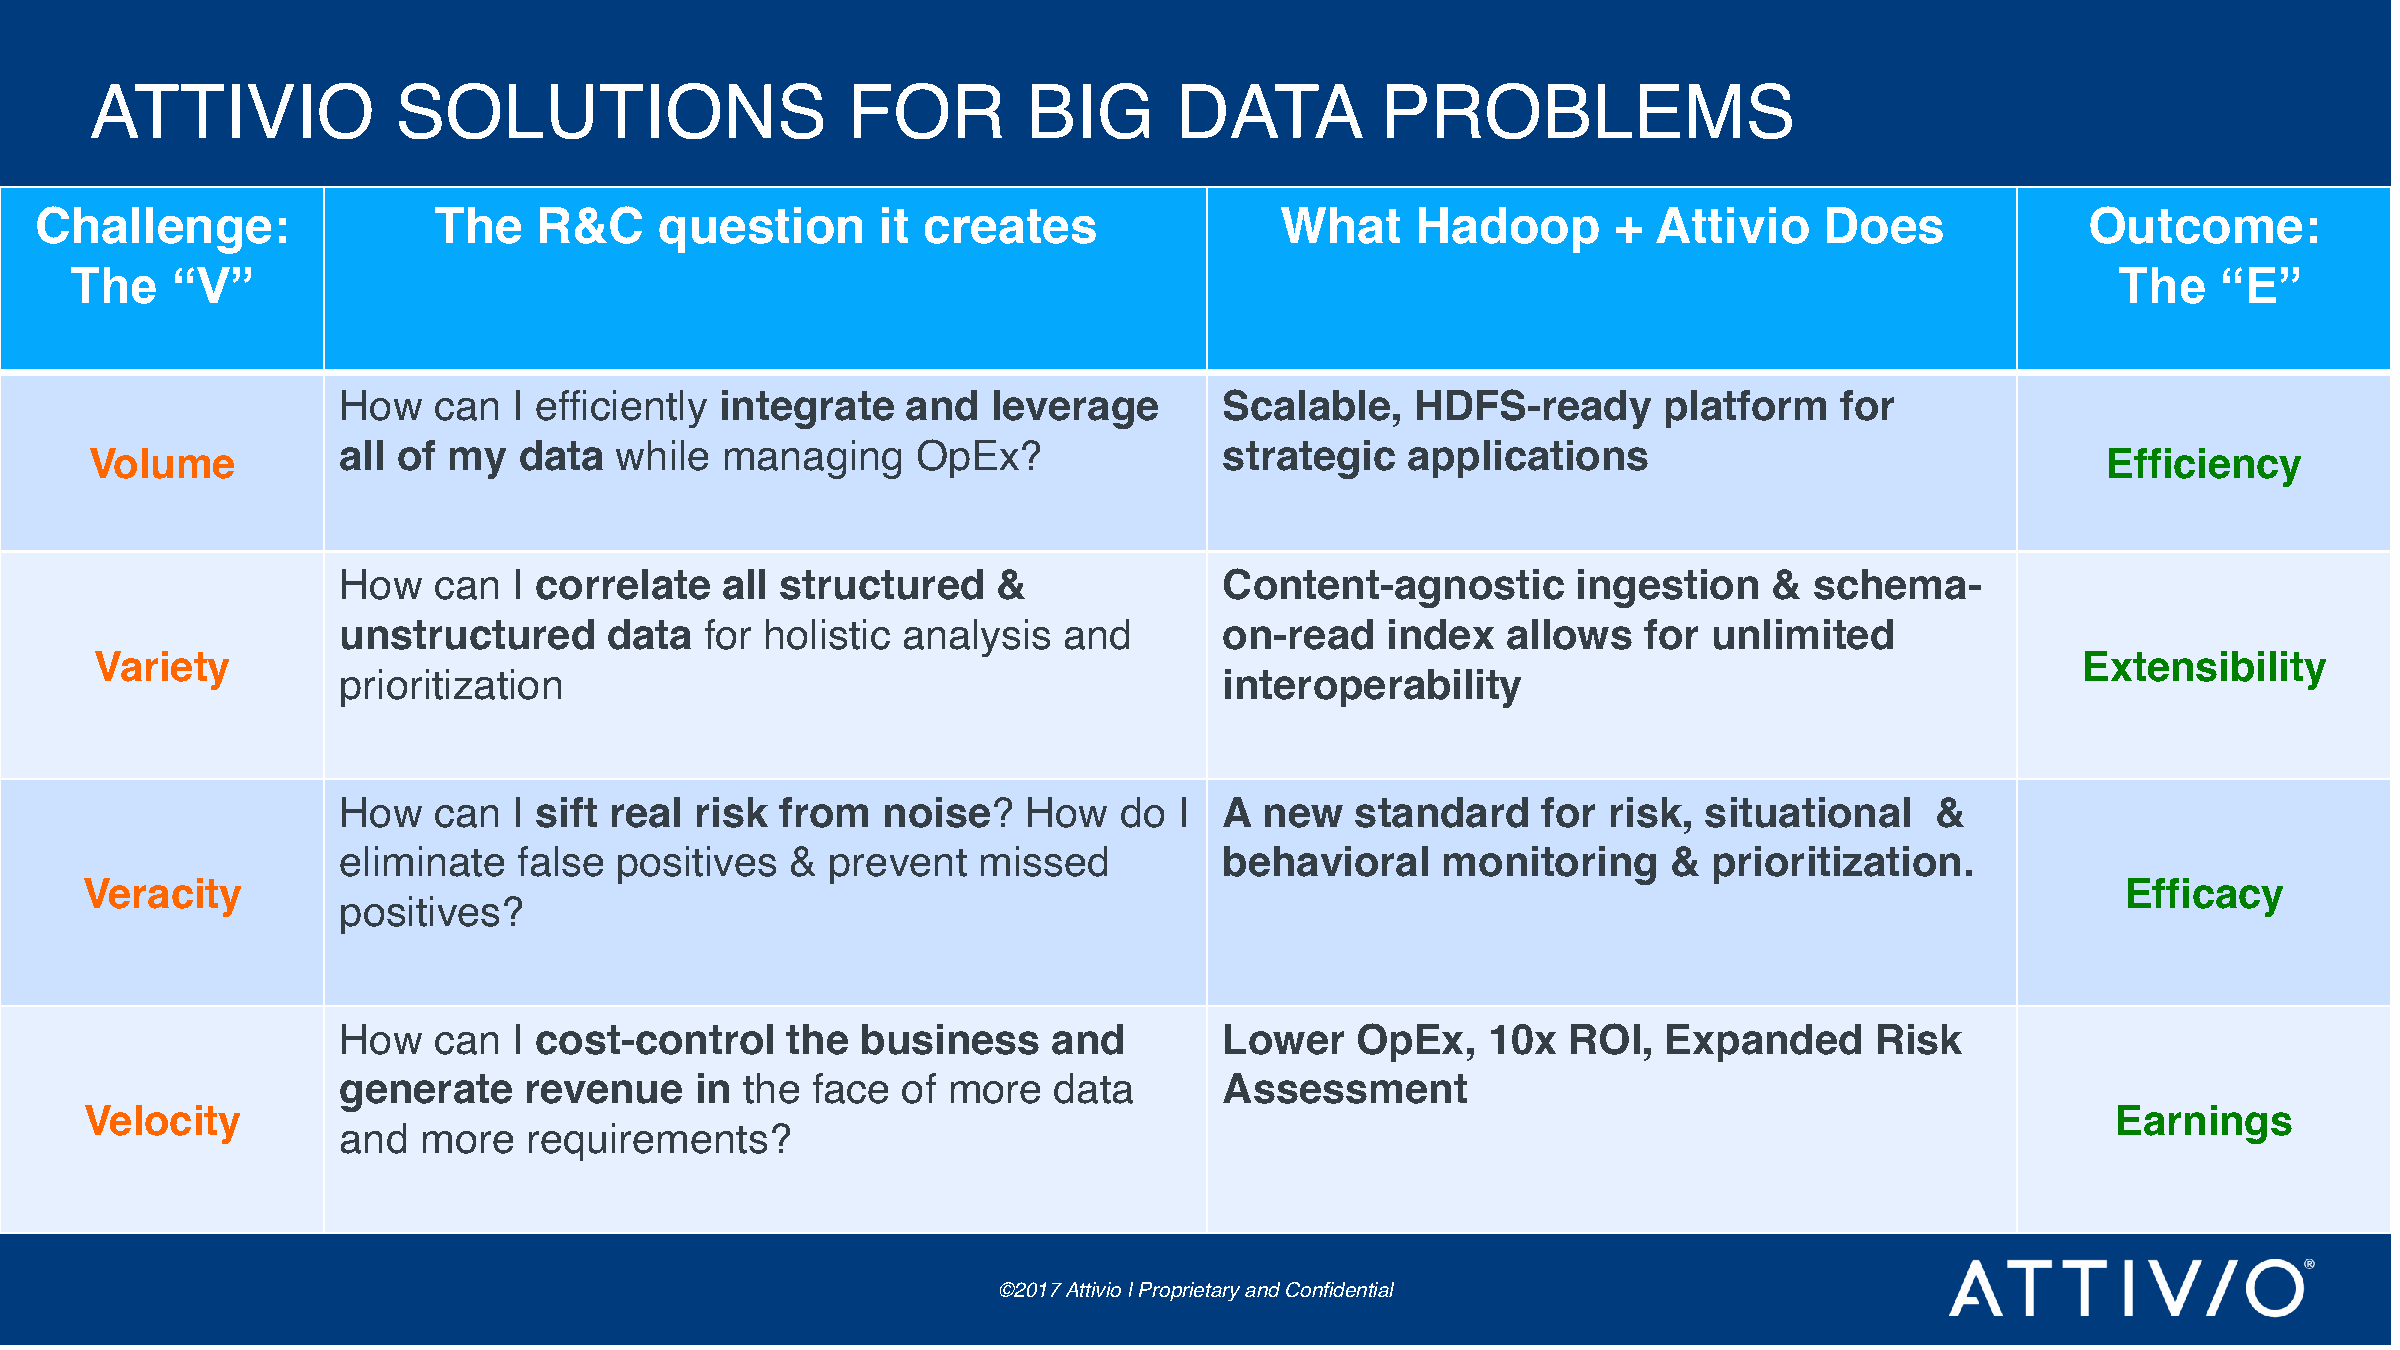
ATTIVIO             SOLUTIONS                     FOR         BIG       DATA         PROBLEMS
 Challenge:                 The    R&C     question      it creates                 What     Hadoop       +  Attivio    Does             Outcome:
 The   “V”                                                                                                                              The    “E”
 How    can  I efficiently integrate   and   leverage       Scalable,    HDFS-ready      platform    for
 all of  my  data   while  managing     OpEx?               strategic   applications
 Volume                                                                                                                               Efficiency
 How    can  I correlate   all structured    &              Content-agnostic       ingestion    &  schema-
 unstructured      data   for holistic analysis  and        on-read    index   allows   for unlimited
 Variety                                                                                                                             Extensibility
 prioritization                                             interoperability
 How    can  I sift real risk  from  noise?    How   do  I  A  new   standard    for risk,  situational    &
 eliminate   false  positives  &  prevent   missed          behavioral    monitoring      & prioritization.
 Veracity                                                                                                                                Efficacy
 positives?
 How    can  I cost-control    the  business     and        Lower    OpEx,   10x   ROI,  Expanded      Risk
 generate     revenue    in the  face  of more   data       Assessment
 Velocity                                                                                                                              Earnings
 and   more   requirements?
 ©2017 Attivio | Proprietary and Confidential